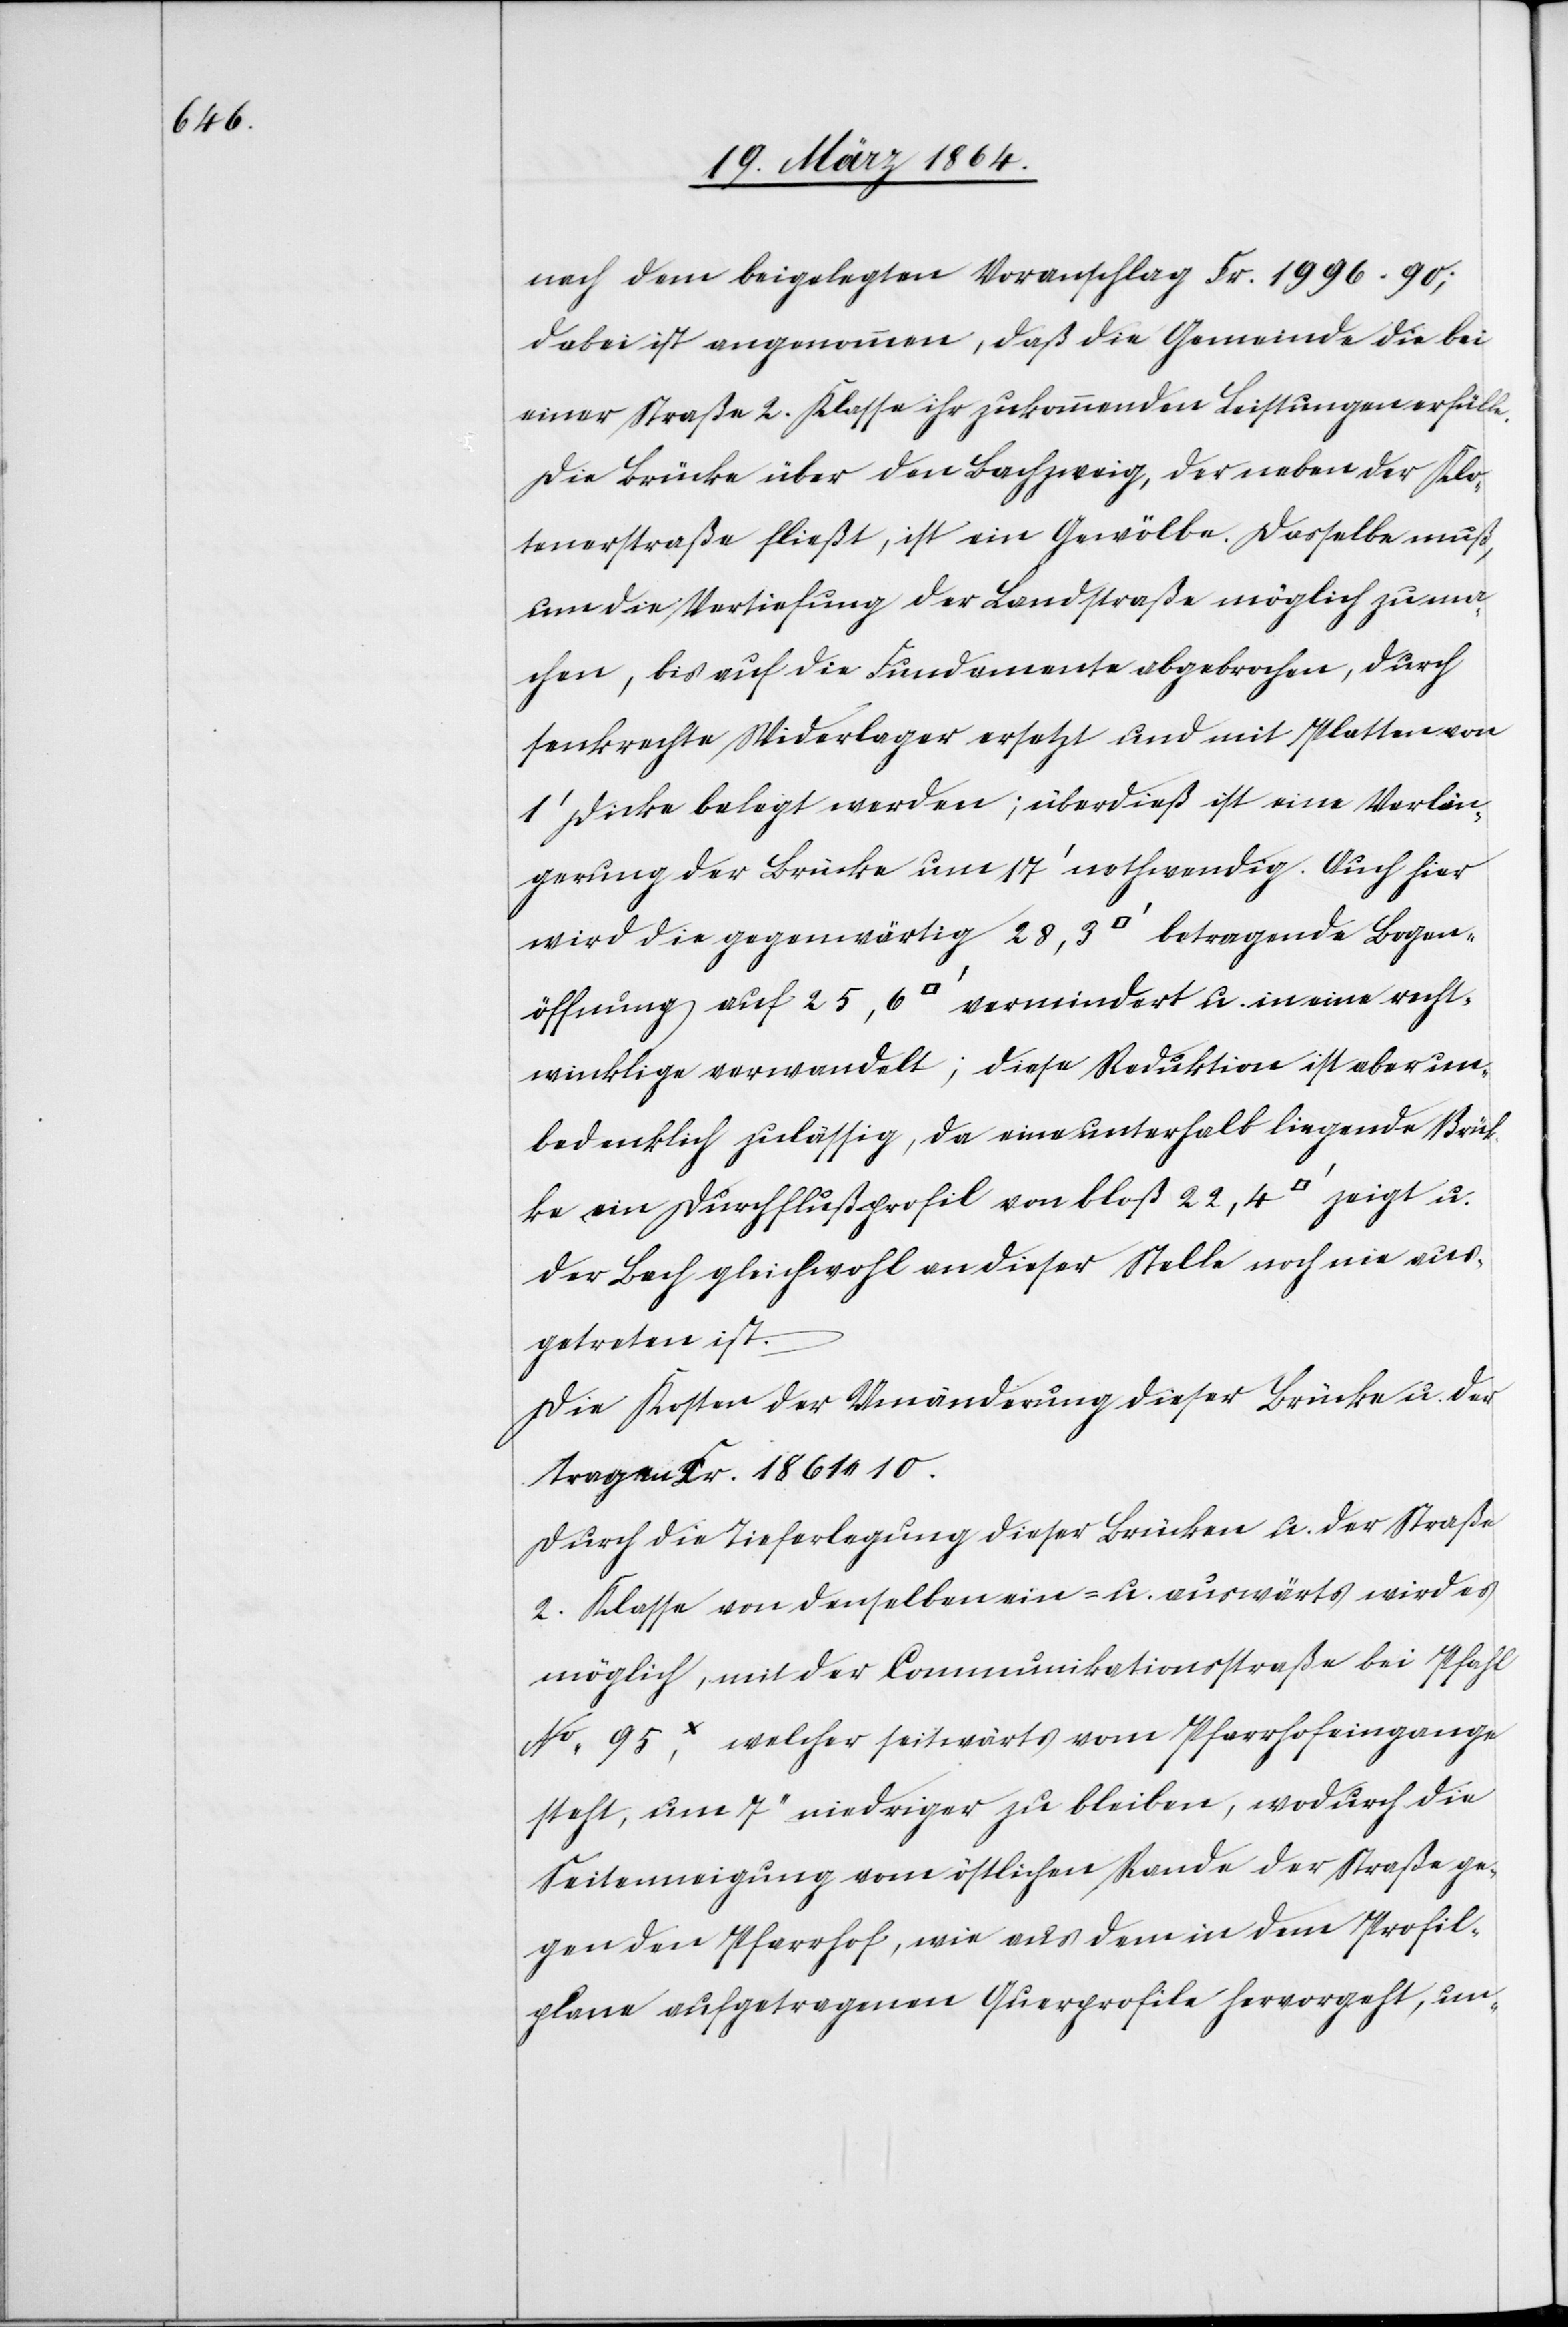
nach dem beigelegten Voranschlag Fr. 1996.90;
dabei ist angenommen, daß die Gemeinde die bei
einer Straße 2. Klasse ihr zukommenden Leistungen erfülle.
Die Brücke über den Bachzweig, der neben der Klo¬
tenerstraße fließt, ist ein Gewölbe. Dasselbe muß,
um die Vertiefung der Landstraße möglich zu ma¬
chen, bis auf die Fundamente abgebrochen, durch
senkrechte Widerlager ersetzt und mit Platten von
1’ Dicke belegt werden; überdieß ist eine Verlän¬
gerung der Brücke um 17’ nothwendig. Auch hier
wird die gegenwärtig 28,3 [Quadratfuss] betragende Logen¬
öffnung auf 25,6 [Quadratfuss] vermindert u. in eine recht¬
winklige verwandelt; diese Reduktion ist aber un¬
bedenklich zulässig, da eine unterhalb liegende Brüc¬
ke ein Durchflußprofil von bloß 22,4 [Quadratfuss] zeigt u.
der Bach gleichwohl an dieser Stelle noch nie aus¬
getreten ist.
Die Kosten der Umänderung dieser Brücke u. der
[be]tragen Fr. 18160 10.
Durch die Tieferlegung dieser Brücken u. der Straße
2. Klasse von denselben ein- u. auswärts wird es
möglich, mit der Communikationstraße bei Pfahl
No 95x, welche seitwärts vom Pfarrhofeingange
steht, um 7’’ niedriger zu bleiben, wodurch die
Seitenneigung vom östlichen Rande der Straße ge¬
gen den Pfarrhof, wie aus dem in dem Profil¬
plane aufgetragenen Querprofile hervorgeht, un-